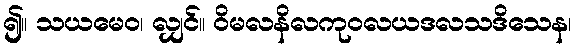
၍။ သယမေဝ၊ လျှင်။ ဝိမလနိလကုဝလယဒလသဒိသေန၊